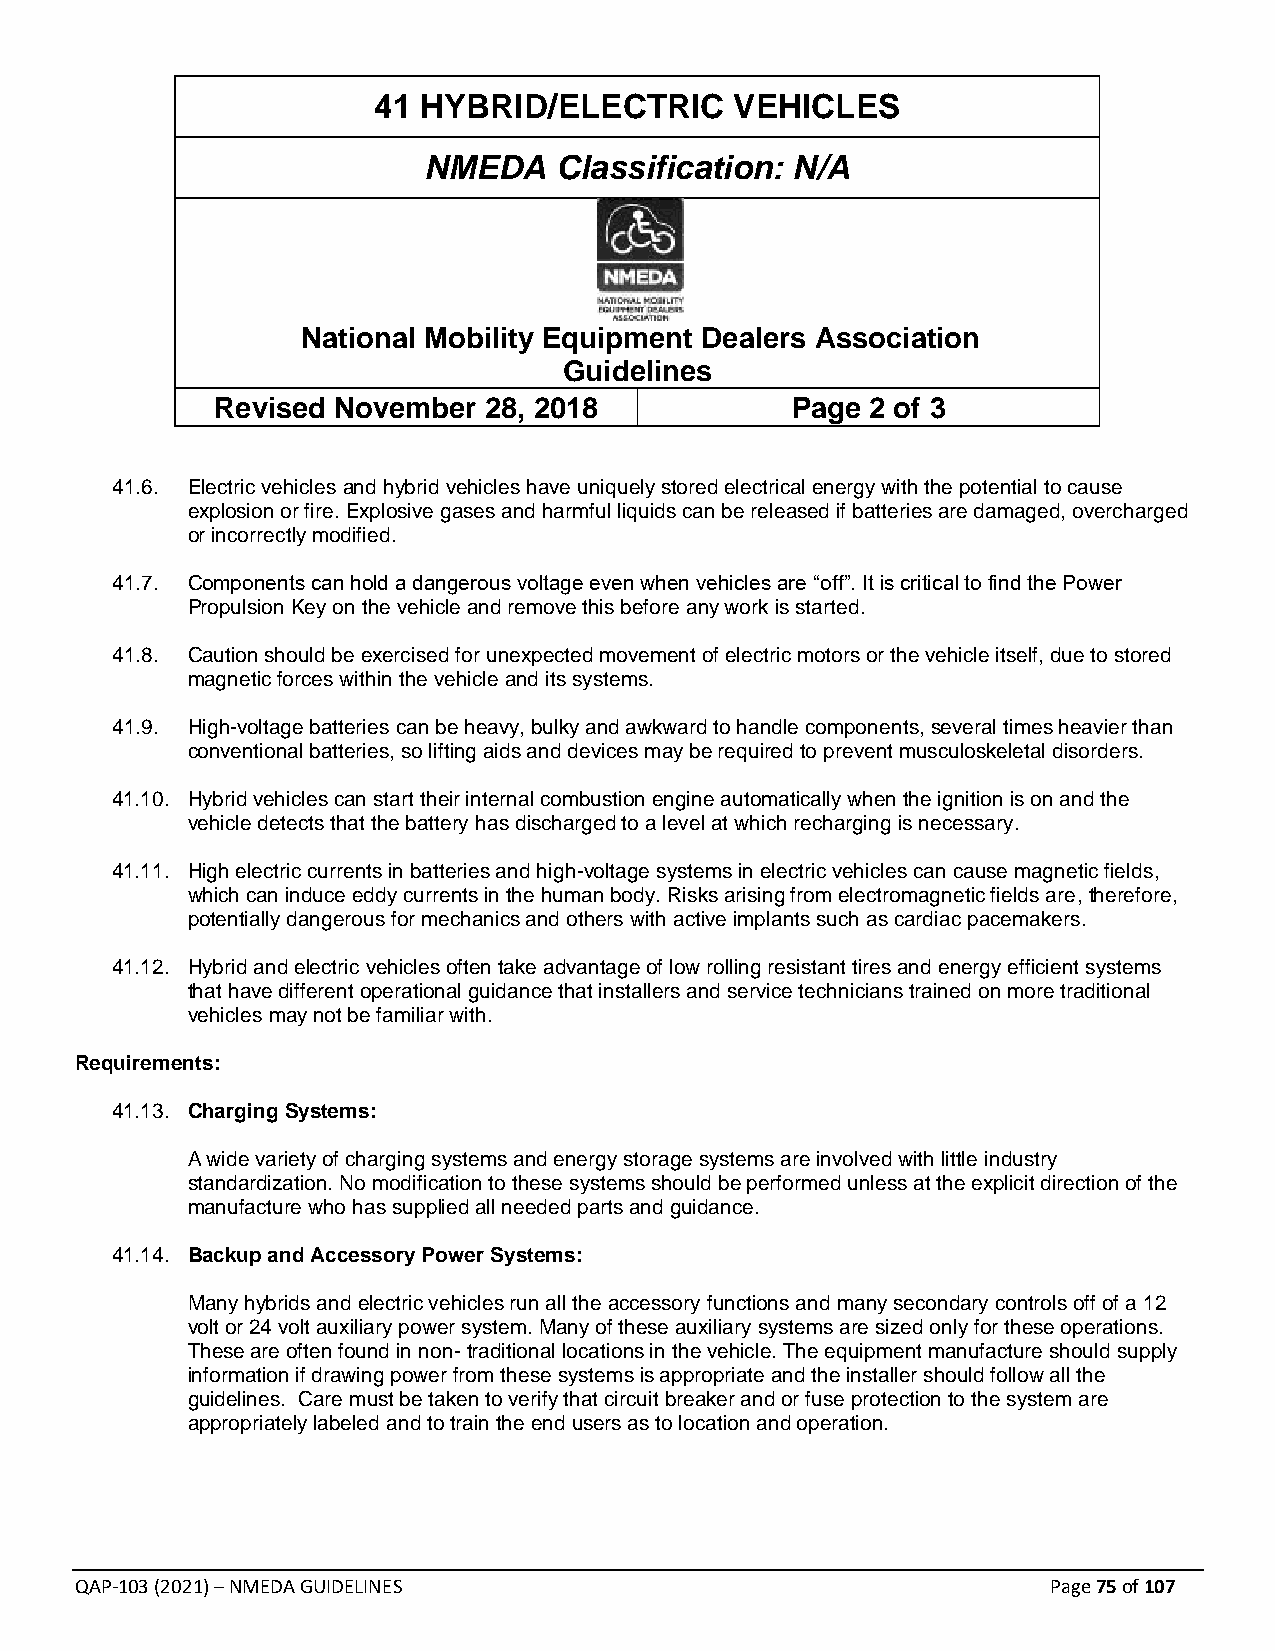
41 HYBRID/ELECTRIC      VEHICLES
 NMEDA    Classification: N/A
 National Mobility Equipment Dealers Association
 Guidelines
 Revised November  28, 2018            Page  2 of 3
 41.6. Electric vehicles and hybrid vehicles have uniquely stored electrical energy with the potential to cause
 explosion or fire. Explosive gases and harmful liquids can be released if batteries are damaged, overcharged
 or incorrectly modified.
 41.7. Components can hold a dangerous voltage even when vehicles are “off”. It is critical to find the Power
 Propulsion Key on the vehicle and remove this before any work is started.
 41.8. Caution should be exercised for unexpected movement of electric motors or the vehicle itself, due to stored
 magnetic forces within the vehicle and its systems.
 41.9. High-voltage batteries can be heavy, bulky and awkward to handle components, several times heavier than
 conventional batteries, so lifting aids and devices may be required to prevent musculoskeletal disorders.
 41.10. Hybrid vehicles can start their internal combustion engine automatically when the ignition is on and the
 vehicle detects that the battery has discharged to a level at which recharging is necessary.
 41.11. High electric currents in batteries and high-voltage systems in electric vehicles can cause magnetic fields,
 which can induce eddy currents in the human body. Risks arising from electromagnetic fields are, therefore,
 potentially dangerous for mechanics and others with active implants such as cardiac pacemakers.
 41.12. Hybrid and electric vehicles often take advantage of low rolling resistant tires and energy efficient systems
 that have different operational guidance that installers and service technicians trained on more traditional
 vehicles may not be familiar with.
 Requirements:
 41.13. Charging Systems:
 A wide variety of charging systems and energy storage systems are involved with little industry
 standardization. No modification to these systems should be performed unless at the explicit direction of the
 manufacture who has supplied all needed parts and guidance.
 41.14. Backup and Accessory Power Systems:
 Many hybrids and electric vehicles run all the accessory functions and many secondary controls off of a 12
 volt or 24 volt auxiliary power system. Many of these auxiliary systems are sized only for these operations.
 These are often found in non- traditional locations in the vehicle. The equipment manufacture should supply
 information if drawing power from these systems is appropriate and the installer should follow all the
 guidelines. Care must be taken to verify that circuit breaker and or fuse protection to the system are
 appropriately labeled and to train the end users as to location and operation.
 QAP-103 (2021) – NMEDA GUIDELINES                                Page 75 of 107